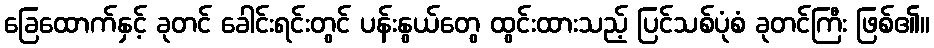
ခြေထောက်နှင့် ခုတင် ခေါင်းရင်းတွင် ပန်းနွယ်တွေ ထွင်းထားသည့် ပြင်သစ်ပုံစံ ခုတင်ကြီး ဖြစ်၏။